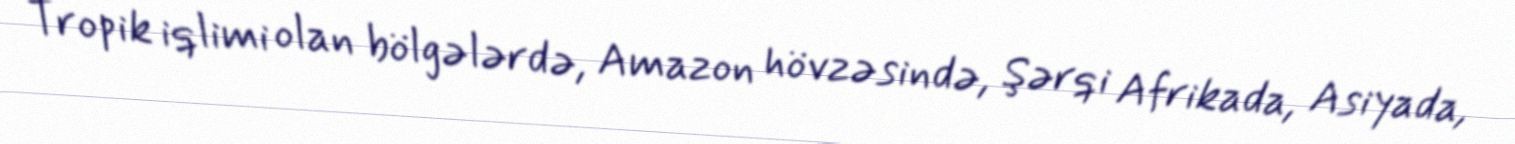
Tropik iqlimi olan bölgələrdə, Amazon hövzəsində, Şərqi Afrikada, Asiyada,